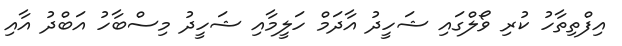
އިފްތިތާހު ކުރި ވޯލްގައި ޝަހީދު އާދަމް ހަލީމާއި ޝަހީދު މިސްބާހު އަބްދު އާއި